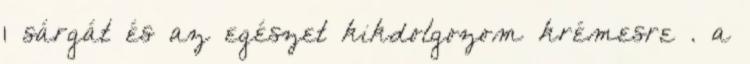
1 sárgát és az egészet kikdolgozom krémesre . a